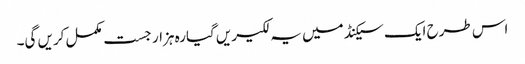
اس طرح ایک سیکنڈ میں یہ لکیریں گیارہ ہزار جست مکمل کریں گی۔